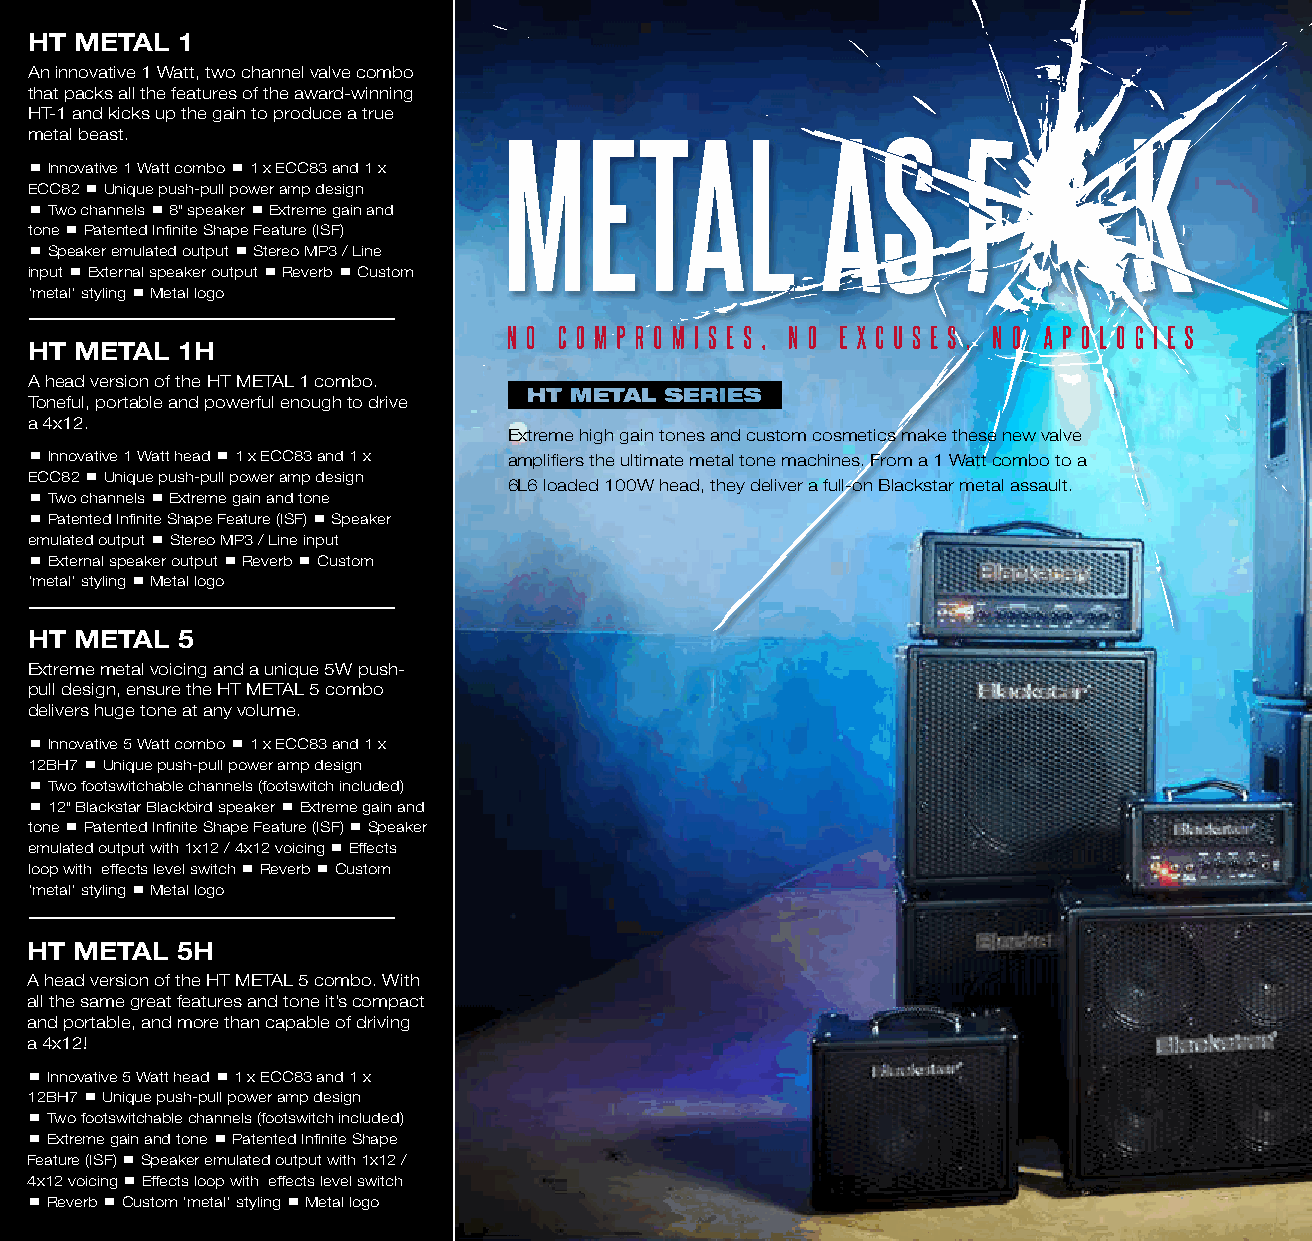
HT METAL  1
 An innovative 1 Watt, two channel valve combo
 that packs all the features of the award-winning
 HT-1 and kicks up the gain to produce a true
 metal beast.
  Innovative 1 Watt combo  1 x ECC83 and 1 x
 ECC82  Unique push-pull power amp design
  Two channels  8" speaker  Extreme gain and
 tone  Patented Infinite Shape Feature (ISF)
  Speaker emulated output  Stereo MP3 / Line
 input  External speaker output  Reverb  Custom
 ‘metal’ styling  Metal logo
 HT METAL  1H
 A head version of the HT METAL 1 combo.
 Toneful, portable and powerful enough to drive
 a 4x12.
 Extreme high gain tones and custom cosmetics make these new valve
  Innovative 1 Watt head  1 x ECC83 and 1 x amplifiers the ultimate metal tone machines. From a 1 Watt combo to a
 ECC82  Unique push-pull power amp design
 6L6 loaded 100W head, they deliver a full-on Blackstar metal assault.
  Two channels  Extreme gain and tone
  Patented Infinite Shape Feature (ISF)  Speaker
 emulated output  Stereo MP3 / Line input
  External speaker output  Reverb  Custom
 ‘metal’ styling  Metal logo
 HT METAL  5
 Extreme metal voicing and a unique 5W push-
 pull design, ensure the HT METAL 5 combo
 delivers huge tone at any volume.
  Innovative 5 Watt combo  1 x ECC83 and 1 x
 12BH7  Unique push-pull power amp design
  Two footswitchable channels (footswitch included)
  12" Blackstar Blackbird speaker  Extreme gain and
 tone  Patented Infinite Shape Feature (ISF)  Speaker
 emulated output with 1x12 / 4x12 voicing  Effects
 loop with effects level switch  Reverb  Custom
 ‘metal’ styling  Metal logo
 HT METAL  5H
 A head version of the HT METAL 5 combo. With
 all the same great features and tone it’s compact
 and portable, and more than capable of driving
 a 4x12!
  Innovative 5 Watt head  1 x ECC83 and 1 x
 12BH7  Unique push-pull power amp design
  Two footswitchable channels (footswitch included)
  Extreme gain and tone  Patented Infinite Shape
 Feature (ISF)  Speaker emulated output with 1x12 /
 4x12 voicing  Effects loop with effects level switch
  Reverb  Custom ‘metal’ styling  Metal logo